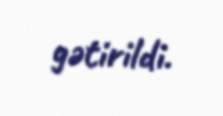
gətirildi.